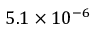
5 . 1 \times 1 0 ^ { - 6 }